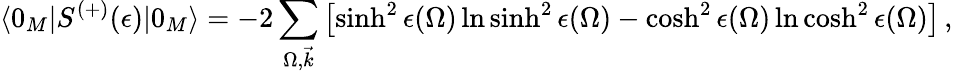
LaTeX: \langle 0_{M}|S^{(+)}(\epsilon)|0_{M}\rangle=-2\sum_{\Omega,\vec{k}}\left[\sinh^{2}\epsilon(\Omega)\ln\sinh^{2}\epsilon(\Omega)-\cosh^{2}\epsilon(\Omega)\ln\cosh^{2}\epsilon(\Omega)\right]\, ,